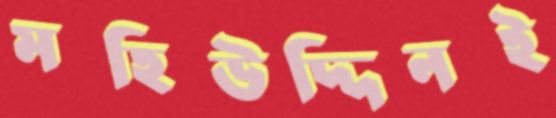
মহিউদ্দিনই